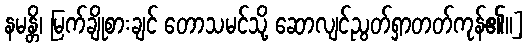
နမန္တိ၊ မြက်ချိုစားချင် တောသမင်သို့ ဆောလျင်ညွတ်ရှာတတ်ကုန်၏။]